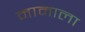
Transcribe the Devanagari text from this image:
मामाला